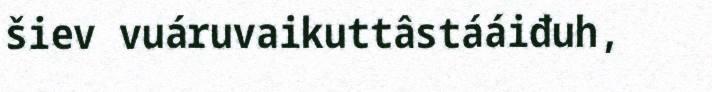
šiev vuáruvaikuttâstááiđuh,